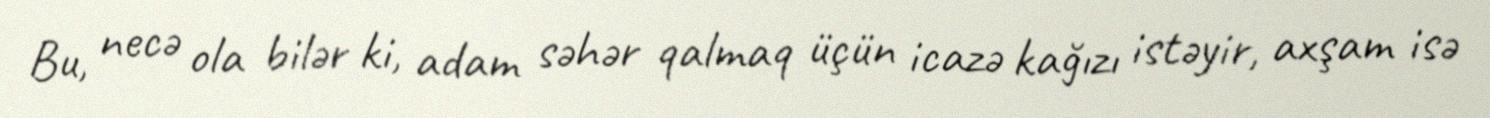
Bu, necə ola bilər ki, adam səhər qalmaq üçün icazə kağızı istəyir, axşam isə